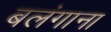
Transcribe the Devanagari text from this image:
बलंगाना